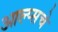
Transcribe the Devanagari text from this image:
आल्प्सचे